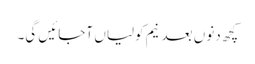
کچھ دنوں بعد نیم کولیاں آجائیں گی۔